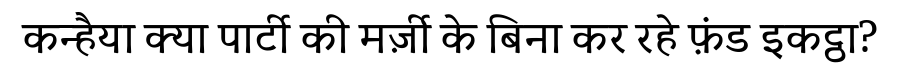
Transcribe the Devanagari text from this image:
कन्हैया क्या पार्टी की मर्ज़ी के बिना कर रहे फ़ंड इकट्ठा?